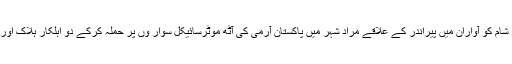
بدھ ہی کے روز شام کو آواران میں پیراندر کے علاقے مراد شہر میں پاکستان آرمی کی آٹھ موٹرسائیکل سوار وں پر حملہ کرکے دو اہلکار ہلاک اور دو زخمی کئے۔